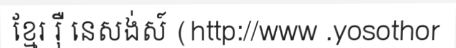
ខ្មែរ រ៉ឺ នេសង់ស៍ (http://www .yosothor